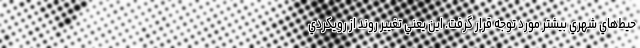
حيط‌هاي شهري بيشتر مورد توجه قرار گرفت. اين يعني تغيير روند از رويكردي